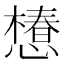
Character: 𢢫